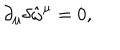
LaTeX: \partial _ { \mu } \delta \hat { \omega } ^ { \mu } = 0 ,